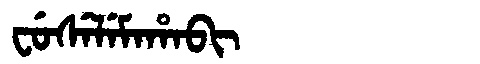
Manchu: ᠸᡠᠰᡝᠯᡝᠮᠠᡥᠠᠪᡳ
Romanization: FUSELEMAHABI